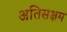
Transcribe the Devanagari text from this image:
अतिसक्षम